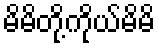
မိမိတို့ကိုယ်မိမိ